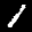
Label: 1